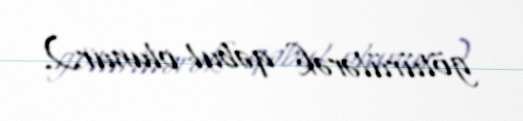
götürülərək qəbul olunur.).